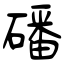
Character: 磻